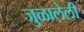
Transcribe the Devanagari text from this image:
जुळालेली